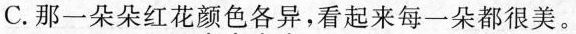
C.那一朵朵红花颜色各异，看起来每一朵都很美。